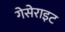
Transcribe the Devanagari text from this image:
गेसेराइट